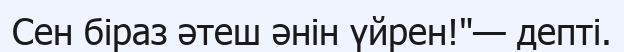
Сен біраз әтеш әнін үйрен!"— депті.